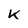
Character: K